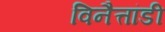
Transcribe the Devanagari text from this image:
विनैत्तांडी